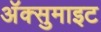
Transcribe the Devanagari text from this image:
अॅक्सुमाइट